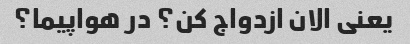
یعنی الان ازدواج کن؟ در هواپیما؟